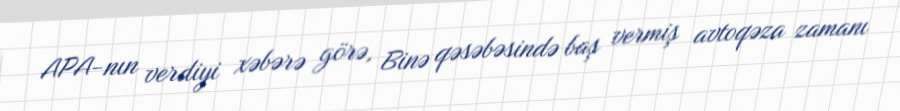
APA-nın verdiyi xəbərə görə, Binə qəsəbəsində baş vermiş avtoqəza zamanı